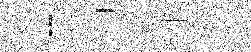
强涓冀址